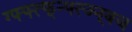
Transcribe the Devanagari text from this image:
ग्फ्फ्त्फ्न्फ्त्ज्न्क्ज